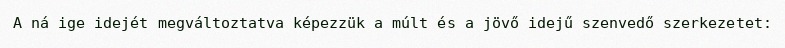
A ná ige idejét megváltoztatva képezzük a múlt és a jövő idejű szenvedő szerkezetet: